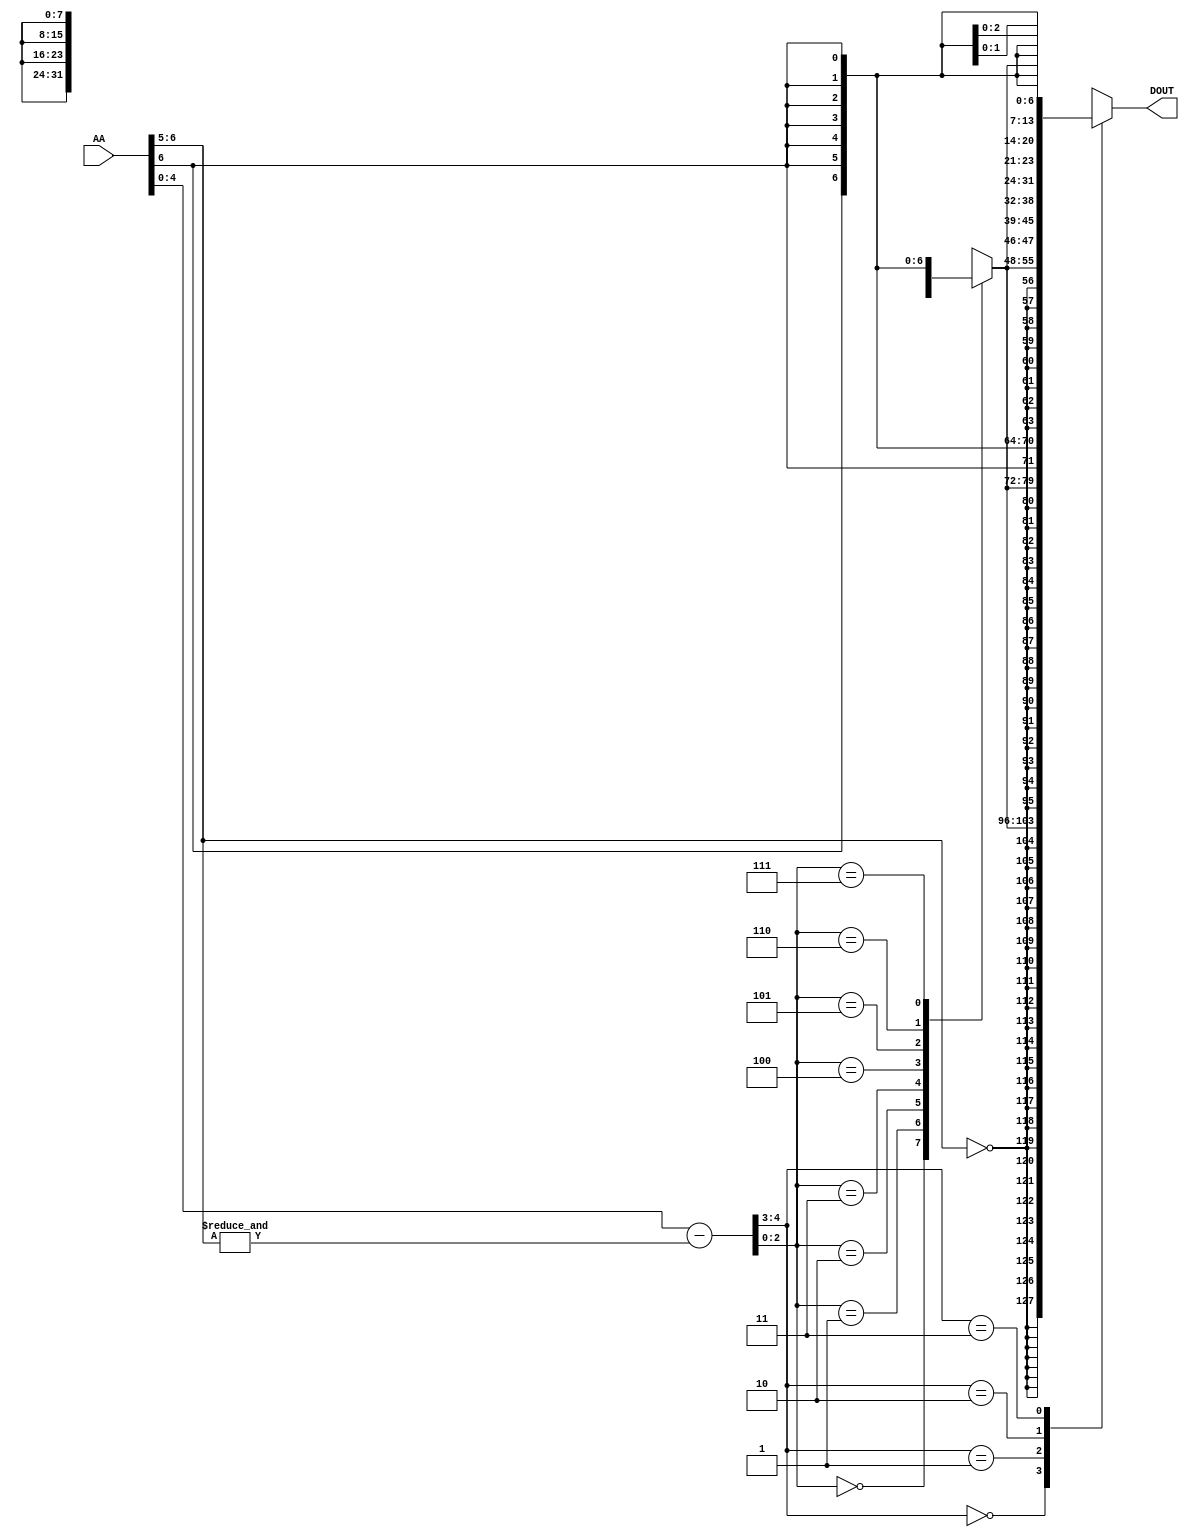
module BITMASK (AA, DOUT);
	input	 	[6:0]	AA;
	output	reg	[31:0]	DOUT;
	reg		[7:0]	dec_bit;
	wire	 [4:0]	code;
	wire			high,low;
	assign code = AA[4:0] - {4'd0,&AA[6:5]};
	assign high = (AA[6:5] == 2'd0);
	assign low  =  AA[6];
	always @(code or high or low)
		case (code[2:0])
		  3'b000 : dec_bit = {{7{high}},1'b1         };
		  3'b001 : dec_bit = {{6{high}},1'b1,   low  };
		  3'b010 : dec_bit = {{5{high}},1'b1,{2{low}}};
		  3'b011 : dec_bit = {{4{high}},1'b1,{3{low}}};
		  3'b100 : dec_bit = {{3{high}},1'b1,{4{low}}};
		  3'b101 : dec_bit = {{2{high}},1'b1,{5{low}}};
		  3'b110 : dec_bit = {   high  ,1'b1,{6{low}}};
		  3'b111 : dec_bit = {          1'b1,{7{low}}};
		endcase
	always @(code or high or low or dec_bit)
		case (code[4:3])
		  2'b00 : DOUT = {{24{high}},dec_bit		  };
		  2'b01 : DOUT = {{16{high}},dec_bit,{ 8{low}}};
		  2'b10 : DOUT = {{ 8{high}},dec_bit,{16{low}}};
		  2'b11 : DOUT = {           dec_bit,{24{low}}};
		endcase
endmodule